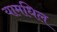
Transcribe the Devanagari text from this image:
यामधिल